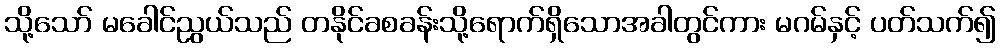
သို့သော် မခေါင်ညွယ်သည် တနိုင်ခစခန်းသို့ရောက်ရှိသောအခါတွင်ကား မဂမ်နှင့် ပတ်သက်၍